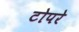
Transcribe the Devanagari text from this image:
टोपरे